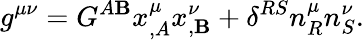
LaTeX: g^{\mu\nu}=G^{A\mathbf{B}}x_{,A}^{\mu}x_{,\mathbf{B}}^{\nu}+\delta^{RS}n_{R}^{\mu}n_{S}^{\nu}.